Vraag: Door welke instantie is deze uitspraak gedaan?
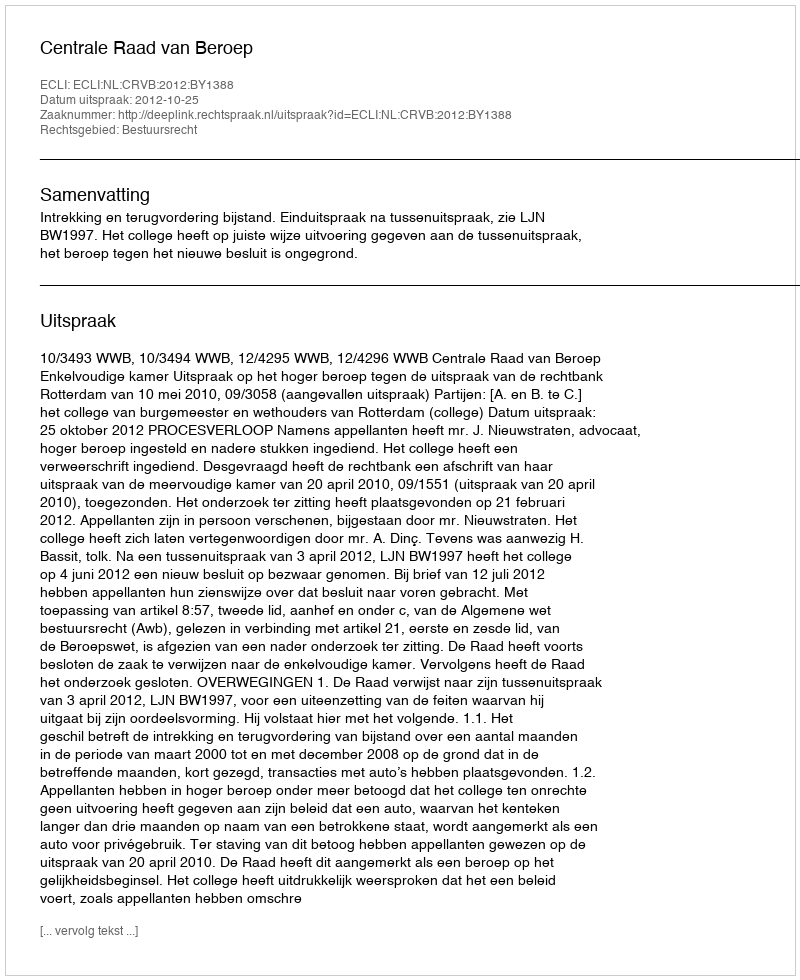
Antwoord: Centrale Raad van Beroep